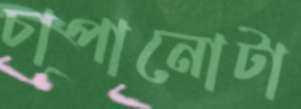
চাপানোটা